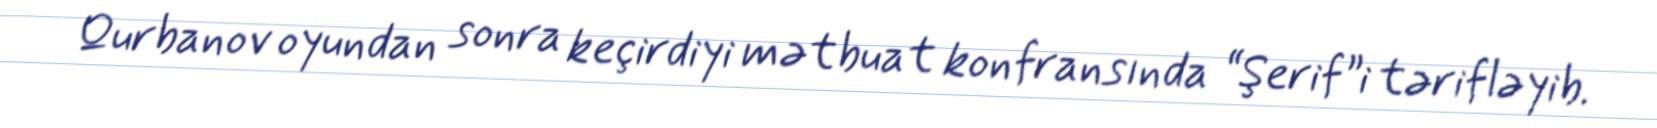
Qurbanov oyundan sonra keçirdiyi mətbuat konfransında “Şerif”i tərifləyib.